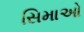
સિમાઓ